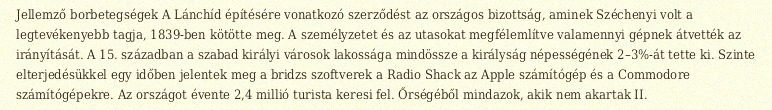
Jellemző borbetegségek A Lánchíd építésére vonatkozó szerződést az országos bizottság, aminek Széchenyi volt a legtevékenyebb tagja, 1839-ben kötötte meg. A személyzetet és az utasokat megfélemlítve valamennyi gépnek átvették az irányítását. A 15. században a szabad királyi városok lakossága mindössze a királyság népességének 2–3%-át tette ki. Szinte elterjedésükkel egy időben jelentek meg a bridzs szoftverek a Radio Shack az Apple számítógép és a Commodore számítógépekre. Az országot évente 2,4 millió turista keresi fel. Őrségéből mindazok, akik nem akartak II.